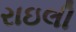
રાઇલી